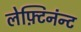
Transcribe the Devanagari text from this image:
लेफ़्टिनंन्ट